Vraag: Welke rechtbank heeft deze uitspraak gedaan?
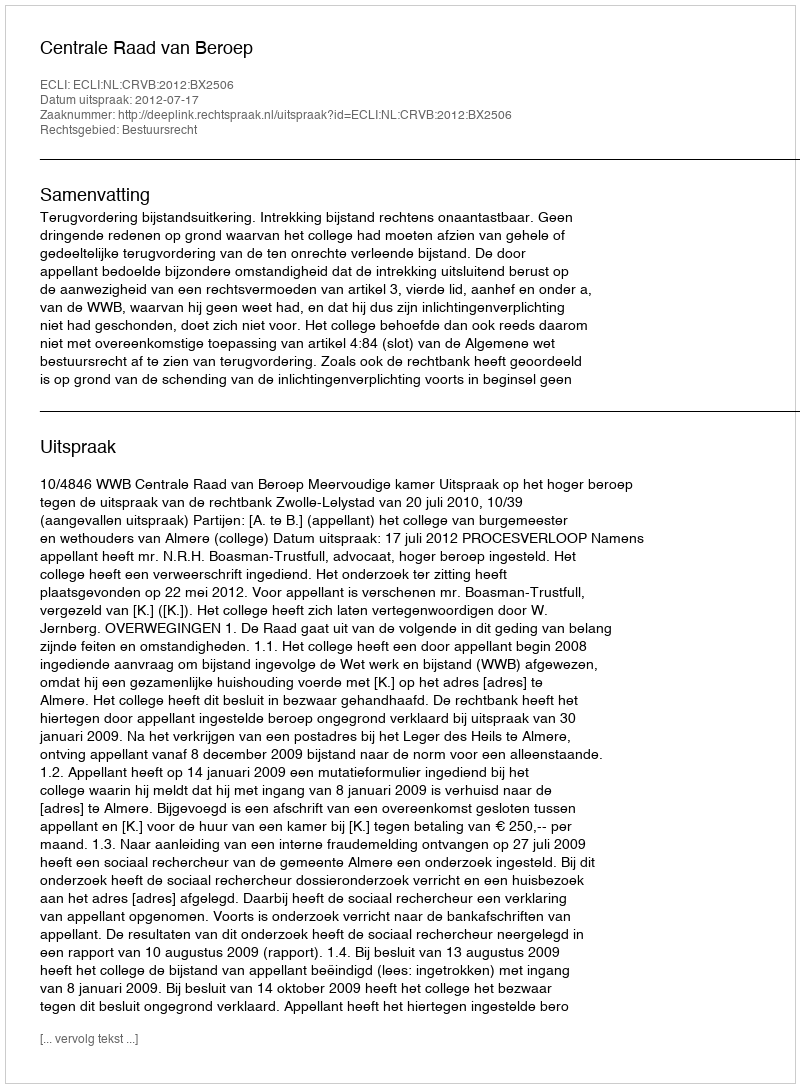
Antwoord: Centrale Raad van Beroep